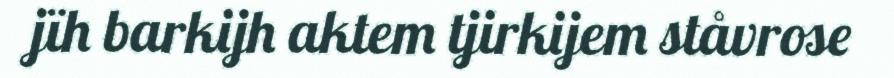
jïh barkijh aktem tjirkijem ståvrose